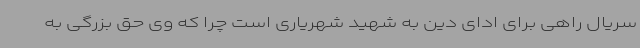
سریال راهی برای ادای دین به شهید شهریاری است چرا که وی حق بزرگی به